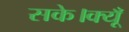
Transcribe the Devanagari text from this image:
सके।क्यूँ